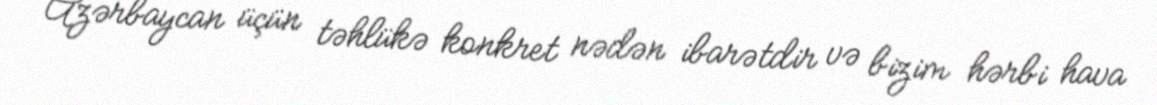
Azərbaycan üçün təhlükə konkret nədən ibarətdir və bizim hərbi hava